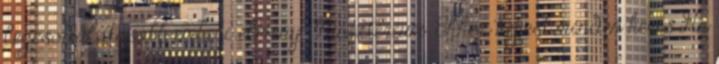
legcsodálatosabb emberi élmény. Misztérium. Ehhez képest minden kevés Ha